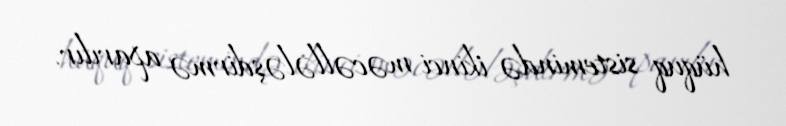
hüquq sistemində ikinci məcəllələşdirmə aparılır.